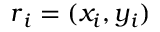
{ \boldsymbol r } _ { i } = ( x _ { i } , y _ { i } )